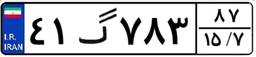
۴۱گ۷۸۳۸۷